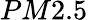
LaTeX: PM2.5